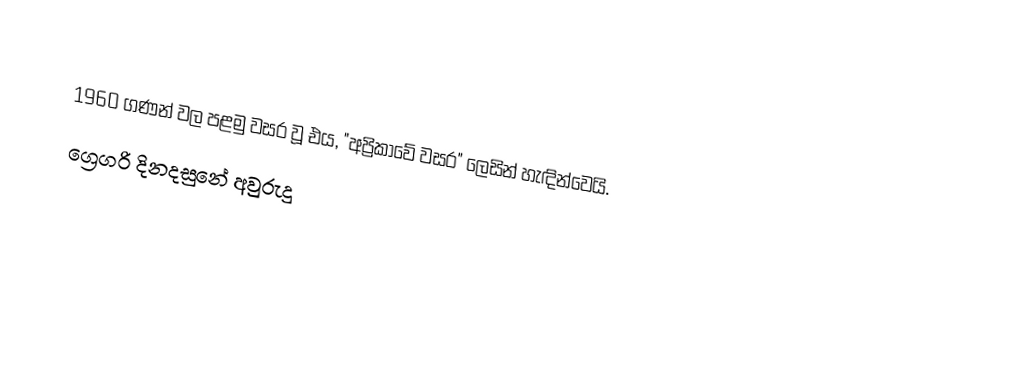

1960 ගණන් වල පළමු වසර වූ එය, "අප්‍රිකාවේ වසර" ලෙසින් හැඳින්වෙයි.
ග්‍රෙගරි දිනදසුනේ අවුරුදු